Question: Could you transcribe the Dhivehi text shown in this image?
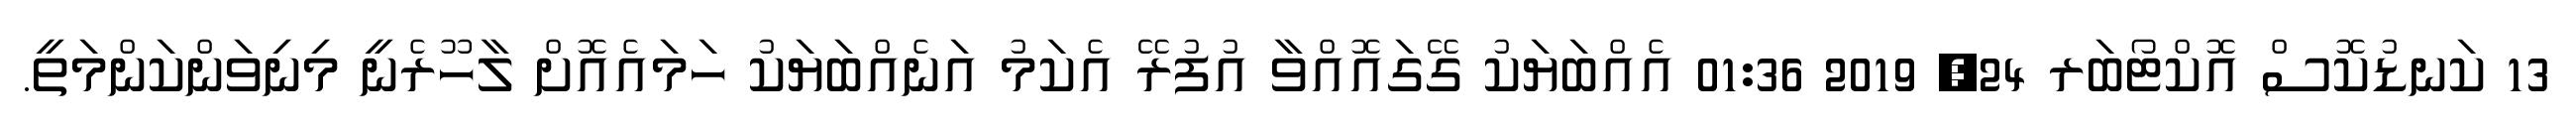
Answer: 13 ކަނޑުކޮސް އޮކްޓޯބަރ 24, 2019 01:36 އެއްބަޔަކު ގޭގައޮއްވާ އުފުރޭ އެކަމު އަނެއްބަޔަކު ހަމައެއޮށް ލާހޫރެނީ މިނިވަންކަންމަތީ.